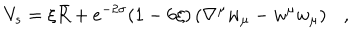
LaTeX: V _ { s } = \xi \bar { R } + e ^ { - 2 \sigma } ( 1 - 6 \xi ) \left( \nabla ^ { \mu } w _ { \mu } - w ^ { \mu } w _ { \mu } \right) { } ,